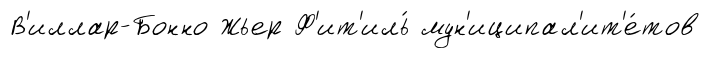
В'иллар-Бонно Жьер Ф'ит'иль́ мун'иципал'ит'е́тов